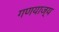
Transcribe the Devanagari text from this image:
गणयाज्य